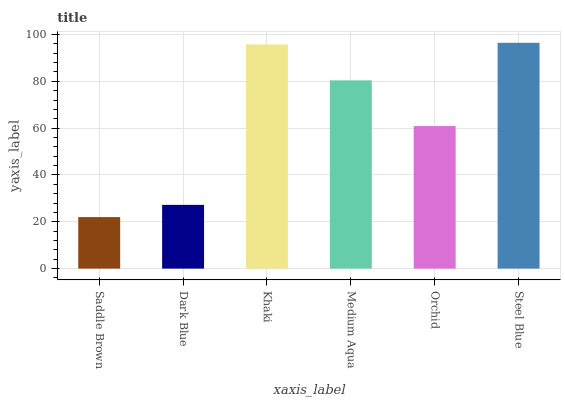
| xaxis_label | bars |
 | --- | --- |
 | Saddle Brown | 22 |
 | Dark Blue | 27.2 |
 | Khaki | 95.8 |
 | Medium Aqua | 80.4 |
 | Orchid | 60.9 |
 | Steel Blue | 96.5 |